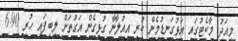
މިއަދު މާކެޓުގައި އަޅުގަނޑުމެން ކުރި އިއުލާނާ ގުޅިގެން އަގުތަށް ލިބިފައި ހުރީ 6.90